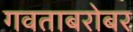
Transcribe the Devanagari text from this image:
गवताबरोबर